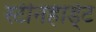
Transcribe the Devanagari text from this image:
स्टीनहार्ड्ट